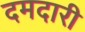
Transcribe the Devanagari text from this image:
दमदारी